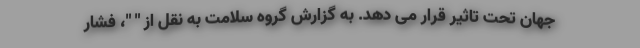
جهان تحت تاثیر قرار می دهد. به گزارش گروه سلامت به نقل از " "، فشار